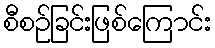
စီစဉ်ခြင်းဖြစ်ကြောင်း